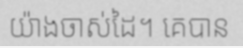
យ៉ាងចាស់ដៃ។ គេបាន